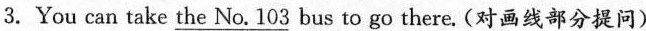
3.You can take \underline{the No. 103} bus to go there.(对画线部分提问)